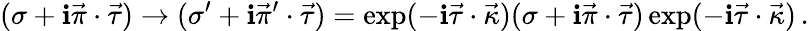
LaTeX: (\sigma+\mathbf{i}\vec{{\pi}}\cdot\vec{{\tau}})\to(\sigma^{\prime}+\mathbf{i}\vec{{\pi}}{}^{\prime}\cdot\vec{{\tau}})=\exp(-\mathbf{i}\vec{{\tau}}\cdot\vec{{\kappa}})(\sigma+\mathbf{i}\vec{{\pi}}\cdot\vec{{\tau}})\exp(-\mathbf{i}\vec{{\tau}}\cdot\vec{{\kappa}})\, .